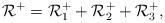
LaTeX: \begin{align*}\mathcal{R}^+ = \mathcal{R}^+_1 + \mathcal{R}^+_2 + \mathcal{R}^+_3,\end{align*}